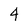
Character: 4